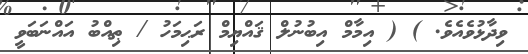
ވިދާޅުވެއެވެ. ) ( އިމާމް އިބުނުލް ޤައްޔިމް ރަޙިމަހު / ޠިއްބު އައްނަބަވީ